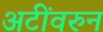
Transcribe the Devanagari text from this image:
अटींवरुन